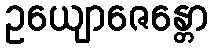
ဥယျောဇေန္တော